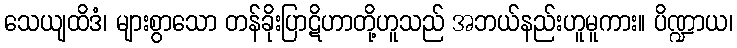
သေယျထိဒံ၊ များစွာသော တန်ခိုးပြာဋိဟာတို့ဟူသည် အဘယ်နည်းဟူမူကား။ ပိဏ္ဍာယ၊